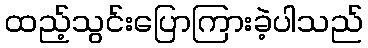
ထည့်သွင်းပြောကြားခဲ့ပါသည်